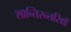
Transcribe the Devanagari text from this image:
शान्तिरन्तरिक्षँ